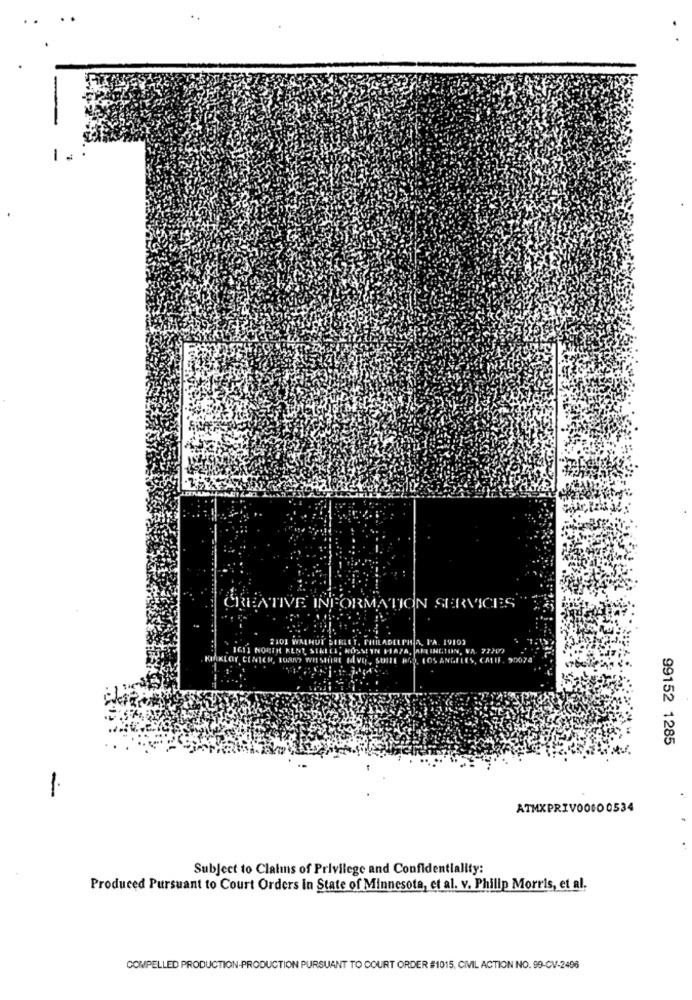
CREATIVE INFORMATION SERVICES
8101 WALNUT SIE
LADELPHA, PA. 19103
IGII NORTH AL
VIATA, ARLINGTON, VA. 73200
HIAKLOK CENTER, 1030
CALIF
99152 1285
1.
ATMXPRIV00000534
Subject to Claimns of Privilege and Confidentiality:
Produced Pursuant to Court Orders in State of Minnesota, et al. v. Philip Morris, et al.
COMPELLED PRODUCTION-PRODUCTION PURSUANT TO COURT ORDER #1015, CIVIL ACTION NO. 99-CV-2496